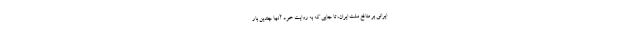
ایرانی بر منافع ملت ایران،‌ تا جایی که به روایت خود آنها چندین بار